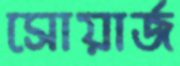
সোয়ার্জ